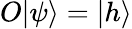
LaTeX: O|\psi\rangle=|h\rangle